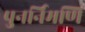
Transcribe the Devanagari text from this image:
पुनर्निमणि